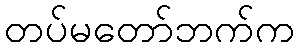
တပ်မတော်ဘက်က